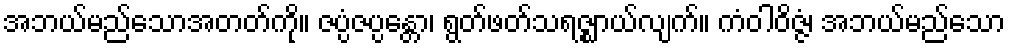
အဘယ်မည်သောအတတ်ကို။ ဇပ္ပံဇပ္ပန္တော၊ ရွတ်ဖတ်သရဇ္ဈာယ်လျက်။ ကံဝါဝိဇ္ဇံ၊ အဘယ်မည်သော